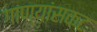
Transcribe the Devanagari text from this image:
गाण्य़ांसकट